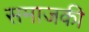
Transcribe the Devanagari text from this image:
समाजकी